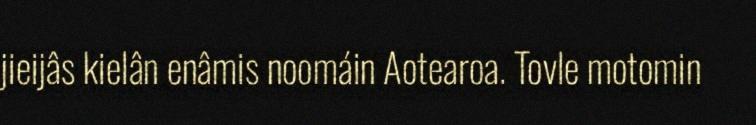
jieijâs kielân enâmis noomáin Aotearoa. Tovle motomin